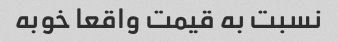
نسبت به قیمت واقعا خوبه